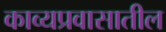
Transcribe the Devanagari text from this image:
काव्यप्रवासातील